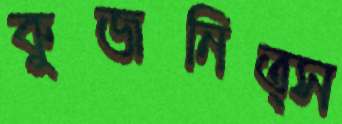
কুজনিত্স